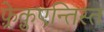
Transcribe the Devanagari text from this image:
फ़्रेक़ुएन्तिस्त